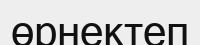
өрнектеп